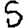
Digit: 5